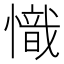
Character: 𢡠